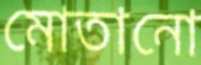
মোতানো